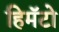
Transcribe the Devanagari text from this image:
हिमॅटो